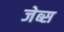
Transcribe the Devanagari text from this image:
जेब्स